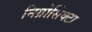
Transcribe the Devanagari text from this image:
निग्रोसिंक्टा